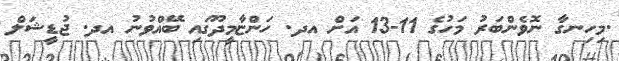
.މިހިނގާ ނޮވެންބަރު މަހުގެ 11-13 އަށް އދ. ހަންޏާމީދޫގައި ބޭއްވުނު އދ. ޖުޑީޝަލް